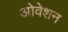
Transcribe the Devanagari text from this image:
ओवेशन